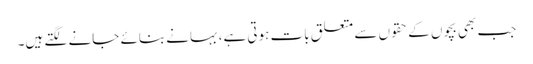
جب بھی بچوں کے حقوں سے متعلق بات ہوتی ہے،بہانے بنائے جانے لگتے ہیں۔